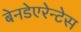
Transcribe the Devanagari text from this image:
बेनडेएरेन्टेस